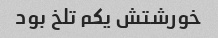
خورشتش یکم تلخ بود